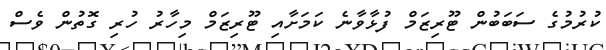
ކުރުމުގެ ސަބަބުން ޓޫރިޒަމް ފުޅާވާނެ ކަމަށާއި ޓޫރިޒަމް މިހާރު ހުރި ގޮތުން ވެސް